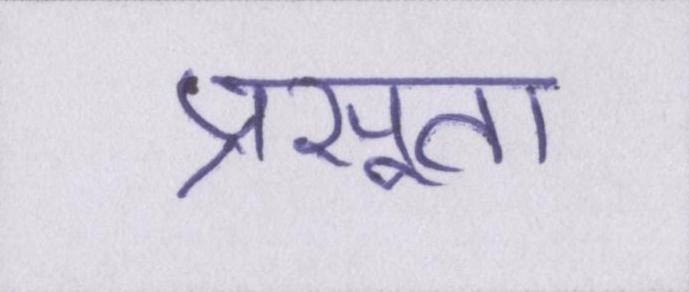
प्रसूता